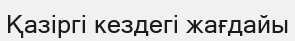
Қазіргі кездегі жағдайы